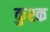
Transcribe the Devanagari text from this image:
कुश्क